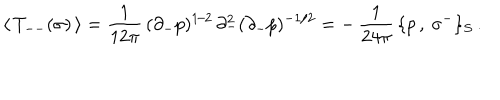
LaTeX: \langle \, T _ { -- } ( \sigma ) \, \rangle = \frac { 1 } { 1 2 \pi } \, ( \partial _ { - } p ) ^ { 1 / 2 } \, \partial _ { - } ^ { 2 } ( \partial _ { - } p ) ^ { - 1 / 2 } = - \, \frac { 1 } { 2 4 \pi } \, \{ p \, , \: \sigma ^ { - } \} _ { S } \, .